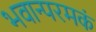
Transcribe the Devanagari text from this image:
भवान्परमकं